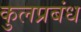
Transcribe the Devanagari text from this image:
कुलप्रबंध